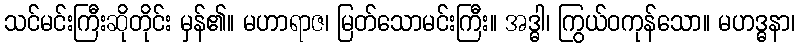
သင်မင်းကြီးဆိုတိုင်း မှန်၏။ မဟာရာဇ၊ မြတ်သောမင်းကြီး။ အဒ္ဓါ၊ ကြွယ်ဝကုန်သော။ မဟဒ္ဓနာ၊